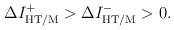
LaTeX: \begin{align*}\Delta I^+_{\rm HT/M} > \Delta I^-_{\rm HT/M} > 0.\end{align*}